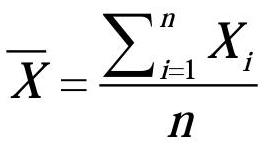
\[
\overline{X} = \frac{\sum_{i=1}^{n} X_{i}}{n}
\]